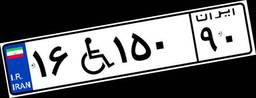
۱۶W۱۵۰۹۰